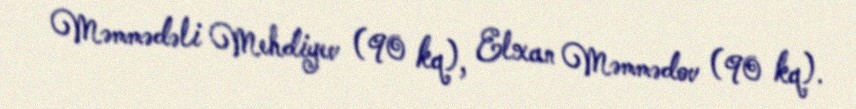
Məmmədəli Mehdiyev (90 kq), Elxan Məmmədov (90 kq).